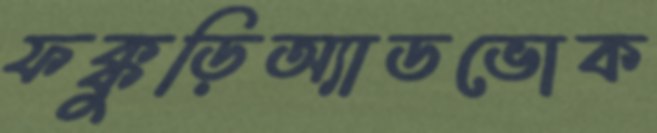
ফক্কুড়িঅ্যাডভোক